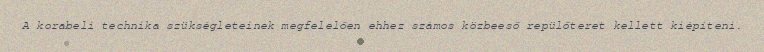
A korabeli technika szükségleteinek megfelelően ehhez számos közbeeső repülőteret kellett kiépíteni.